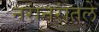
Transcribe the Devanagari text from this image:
नरांनरांतले